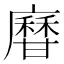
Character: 𤯎